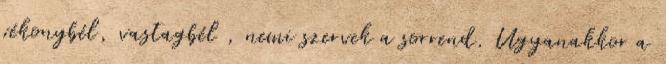
vékonybél, vastagbél , nemi szervek a sorrend. Ugyanakkor a